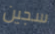
سجين